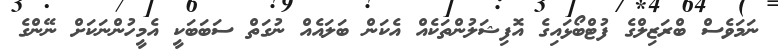
ނަމަވެސް ބްރަޒިލްގެ ފުޓްބޯޅައިގެ އޮފިޝަލުންތަކެއް އެކަން ބަލައެއް ނުގަތް ސަބަބަކީ އެމީހުންނަކަށް ނޭންގެ